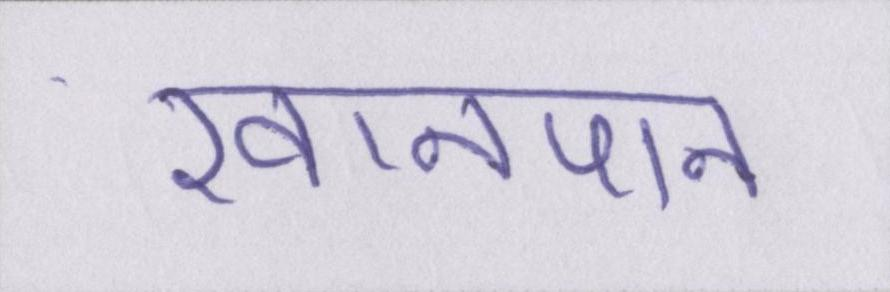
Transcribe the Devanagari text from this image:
खानपान